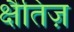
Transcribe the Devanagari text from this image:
क्षैतिज़